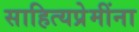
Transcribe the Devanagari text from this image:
साहित्यप्रेमींना